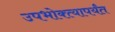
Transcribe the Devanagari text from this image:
उपभोक्त्यापर्यंत